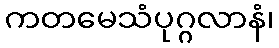
ကတမေသံပုဂ္ဂလာနံ၊